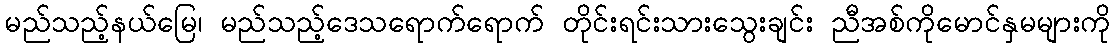
မည်သည့်နယ်မြေ၊ မည်သည့်ဒေသရောက်ရောက် တိုင်းရင်းသားသွေးချင်း ညီအစ်ကိုမောင်နှမများကို